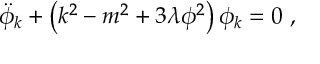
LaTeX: \ddot { \phi } _ { k } + \left( k ^ { 2 } - m ^ { 2 } + 3 \lambda \phi ^ { 2 } \right) \phi _ { k } = 0 \ ,